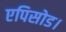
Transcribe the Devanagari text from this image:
एपिसोड।